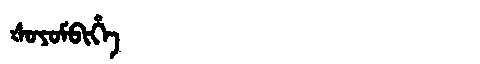
Manchu: ᡧᠣᠶᠣᠮᠪᡳᡥᡝ
Romanization: ŠOYOMBIHE